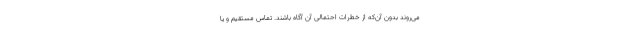
می‌روند بدون آن‌که از خطرات احتمالی آن آگاه باشند. تماس مستقیم و یا